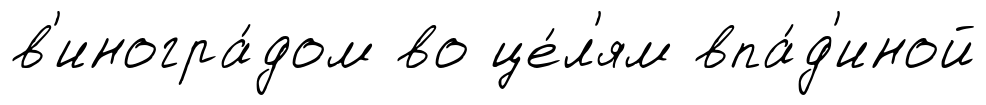
в'иногра́дом во це́л'ям впа́д'иной